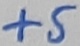
Text: +5